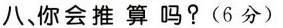
八、你会推算吗？(6分)